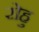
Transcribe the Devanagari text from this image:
रोहु